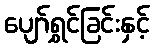
ပျော်ရွှင်ခြင်းနှင့်